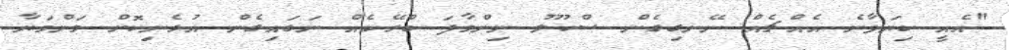
"އެއީ ކިޔަވާނެ އެއްޗެއް ނޭނގިގެން ސްކޫލު ނިންމާފަ ބްރޭކެއް ނަގައިގެން އުޅެނިކޮށް މަންމަޔާ